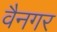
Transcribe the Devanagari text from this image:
वैनगर